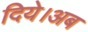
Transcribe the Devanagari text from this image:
दिये।अब